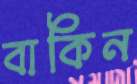
বাকিন